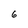
Character: 6